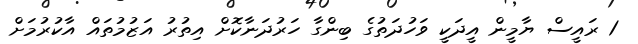
1 ރައީސް ޔާމީން އީދަކީ ވަހުދަތުގެ ބިންގާ ހަރުދަނާކޮށް އިތުރު އަޒުމުތައް އާކުރުމަށް